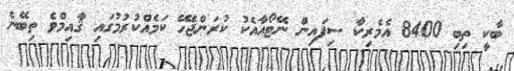
ބާކީ ތިބި 8400 އެމެރިކާ ސިފައިން ނޭޓޯއާއެކު ކުރަންޖެހޭ ކަމެއްކުރުމުގައި ޤާއިމްވެ ތިބޭނެ